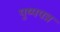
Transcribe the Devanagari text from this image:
पुष्पपत्र